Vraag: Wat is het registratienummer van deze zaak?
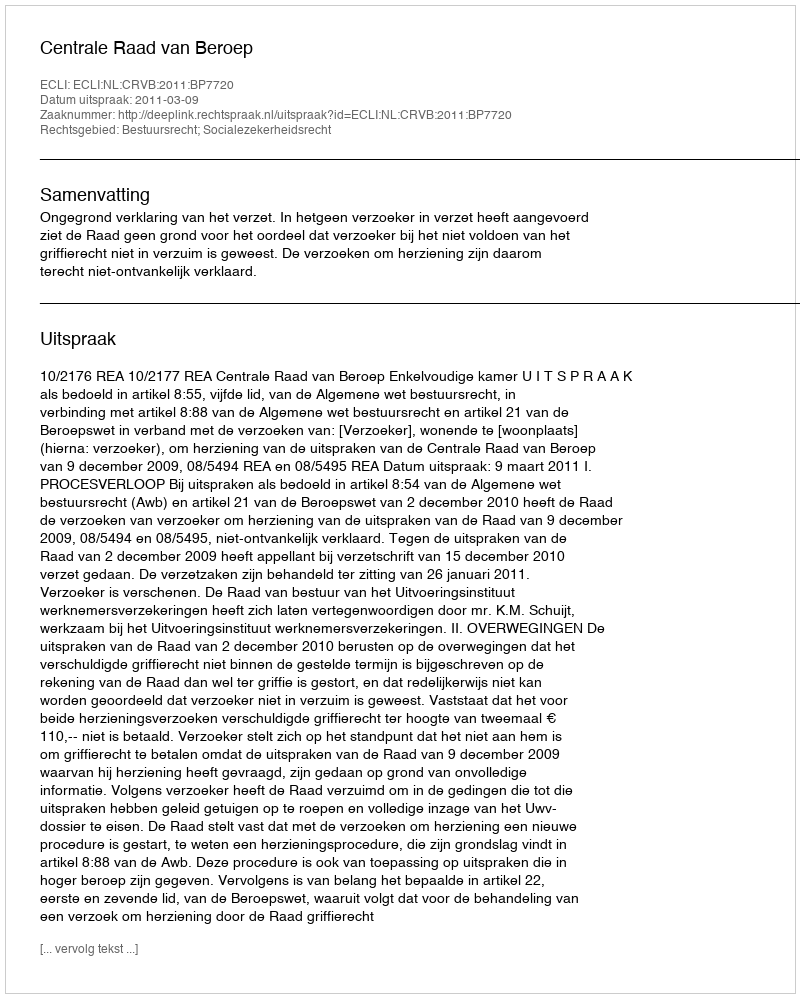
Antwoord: http://deeplink.rechtspraak.nl/uitspraak?id=ECLI:NL:CRVB:2011:BP7720